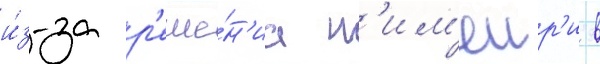
и́з-за р'еше́н'иа н'им'еир'и в